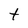
Character: t